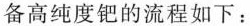
备高纯度钯的流程如下：